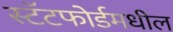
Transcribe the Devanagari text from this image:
स्टॅटफोर्डमधील